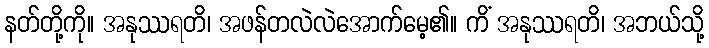
နတ်တို့ကို။ အနုဿရတိ၊ အဖန်တလဲလဲအောက်မေ့၏။ ကိံ အနုဿရတိ၊ အဘယ်သို့